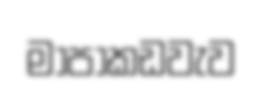
මාපාකඩවැව